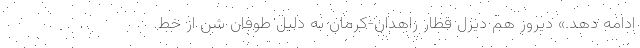
ادامه دهد.» دیروز هم دیزل قطار زاهدان-کرمان به دلیل طوفان شن از خط